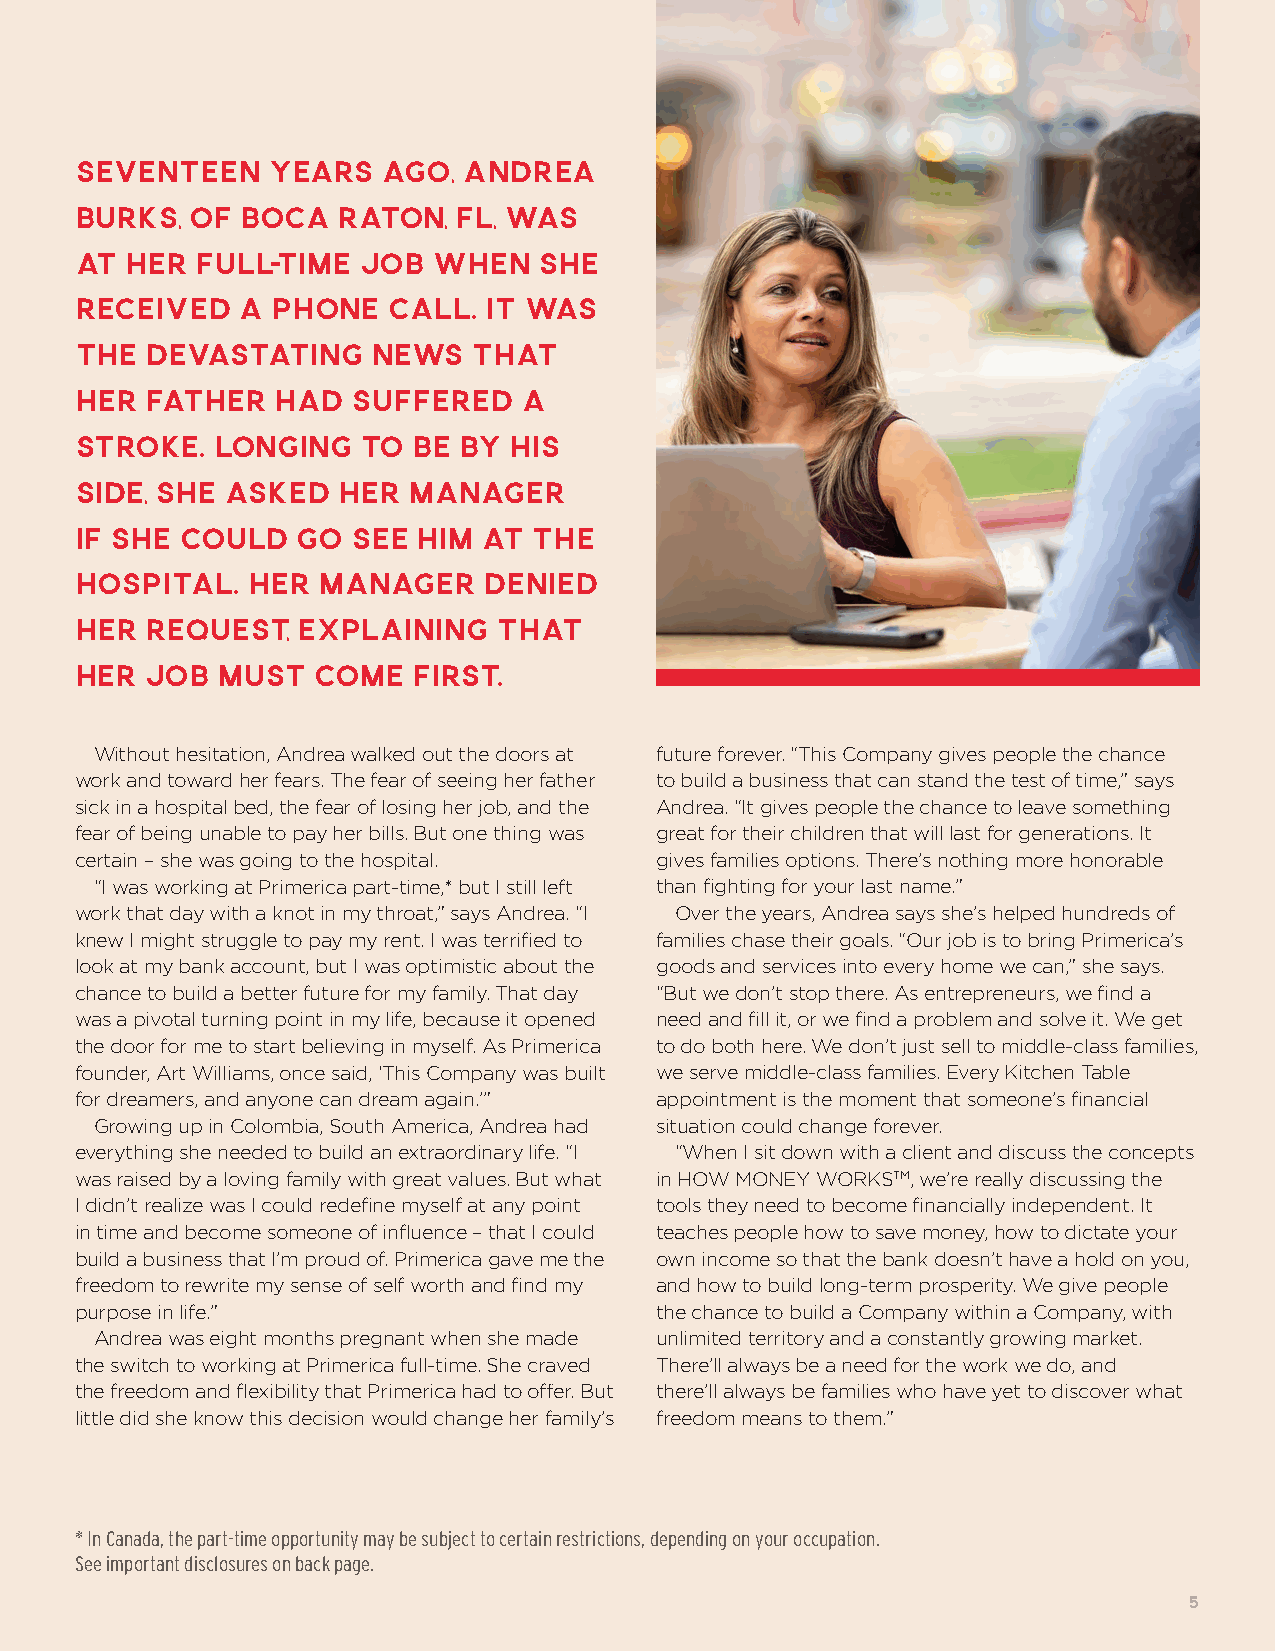
SEVENTEEN    YEARS  AGO,  ANDREA
 BURKS,  OF BOCA  RATON,  FL, WAS
 AT HER  FULL-TIME  JOB  WHEN   SHE
 RECEIVED   A PHONE   CALL. IT WAS
 THE  DEVASTATING    NEWS  THAT
 HER  FATHER  HAD  SUFFERED    A
 STROKE.  LONGING   TO BE BY  HIS
 SIDE, SHE ASKED  HER  MANAGER
 IF SHE COULD   GO SEE  HIM AT THE
 HOSPITAL.  HER  MANAGER    DENIED
 HER  REQUEST,  EXPLAINING   THAT
 HER  JOB MUST   COME  FIRST.
 Without hesitation, Andrea walked out the doors at future forever. “This Company gives people the chance
 work and toward her fears. The fear of seeing her father to build a business that can stand the test of time,” says
 sick in a hospital bed, the fear of losing her job, and the Andrea. “It gives people the chance to leave something
 fear of being unable to pay her bills. But one thing was great for their children that will last for generations. It
 certain – she was going to the hospital. gives families options. There’s nothing more honorable
 “I was working at Primerica part-time,* but I still left than fighting for your last name.”
 work that day with a knot in my throat,” says Andrea. “I Over the years, Andrea says she’s helped hundreds of
 knew I might struggle to pay my rent. I was terrified to families chase their goals. “Our job is to bring Primerica’s
 look at my bank account, but I was optimistic about the goods and services into every home we can,” she says.
 chance to build a better future for my family. That day “But we don’t stop there. As entrepreneurs, we find a
 was a pivotal turning point in my life, because it opened need and fill it, or we find a problem and solve it. We get
 the door for me to start believing in myself. As Primerica to do both here. We don’t just sell to middle-class families,
 founder, Art Williams, once said, ‘This Company was built we serve middle-class families. Every Kitchen Table
 for dreamers, and anyone can dream again.’” appointment is the moment that someone’s financial
 Growing up in Colombia, South America, Andrea had situation could change forever.
 everything she needed to build an extraordinary life. “I “When I sit down with a client and discuss the concepts
 was raised by a loving family with great values. But what in HOW MONEY WORKSTM, we’re really discussing the
 I didn’t realize was I could redefine myself at any point tools they need to become financially independent. It
 in time and become someone of influence – that I could teaches people how to save money, how to dictate your
 build a business that I’m proud of. Primerica gave me the own income so that the bank doesn’t have a hold on you,
 freedom to rewrite my sense of self worth and find my and how to build long-term prosperity. We give people
 purpose in life.”                     the chance to build a Company within a Company, with
 Andrea was eight months pregnant when she made unlimited territory and a constantly growing market.
 the switch to working at Primerica full-time. She craved There’ll always be a need for the work we do, and
 the freedom and flexibility that Primerica had to offer. But there’ll always be families who have yet to discover what
 little did she know this decision would change her family’s freedom means to them.”
 * In Canada, the part-time opportunity may be subject to certain restrictions, depending on your occupation.
 See important disclosures on back page.
 5